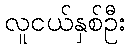
လူငယ်နှစ်ဦး